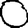
Digit: 0